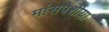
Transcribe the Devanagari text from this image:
मांसपेशीया